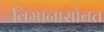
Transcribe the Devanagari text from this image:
विमानासोबत